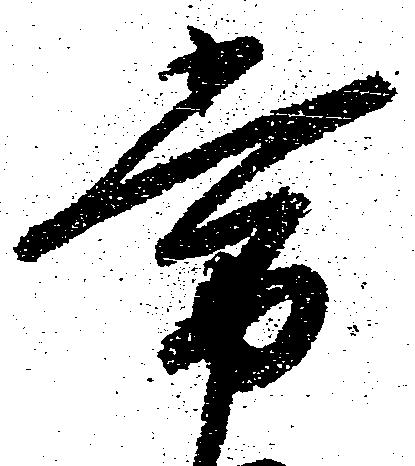
常